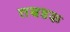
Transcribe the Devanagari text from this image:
तबडक